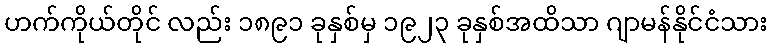
ဟက်ကိုယ်တိုင် လည်း ၁၈၉၁ ခုနှစ်မှ ၁၉၂၃ ခုနှစ်အထိသာ ဂျာမန်နိုင်ငံသား